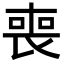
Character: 喪